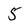
Character: 5